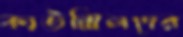
কাউন্সিলদের